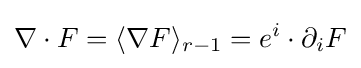
\nabla \cdot F=\langle \nabla F\rangle _{r-1}=e^{i}\cdot \partial _{i}F